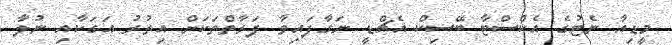
މީޑިއާ ނެޓުގެ އެކްސްޓާ ބޭސިކް އެޗްޑީ ނަގާފައިވާ ފަރާތްތަކަށް އިތުރު އަގަކާއި ނުލާ